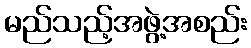
မည်သည့်အဖွဲ့အစည်း